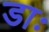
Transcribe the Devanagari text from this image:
डाः